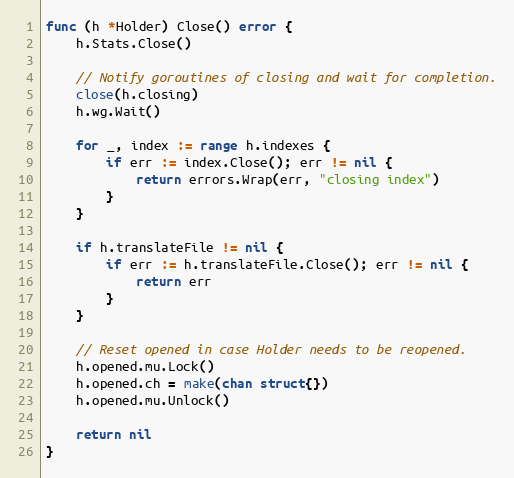
Language: Go
func (h *Holder) Close() error {
	h.Stats.Close()

	// Notify goroutines of closing and wait for completion.
	close(h.closing)
	h.wg.Wait()

	for _, index := range h.indexes {
		if err := index.Close(); err != nil {
			return errors.Wrap(err, "closing index")
		}
	}

	if h.translateFile != nil {
		if err := h.translateFile.Close(); err != nil {
			return err
		}
	}

	// Reset opened in case Holder needs to be reopened.
	h.opened.mu.Lock()
	h.opened.ch = make(chan struct{})
	h.opened.mu.Unlock()

	return nil
}